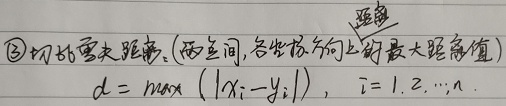
\textcircled{3}切比雪夫距离。(两点间, 各坐标方向上的最大距离值)
\[
d = \max(|x_{i}-y_{i}|),\ i = 1, 2, \cdots, n
\]